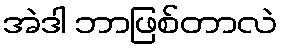
အဲဒါ ဘာဖြစ်တာလဲ